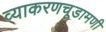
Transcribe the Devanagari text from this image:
व्याकरणचूडामणी